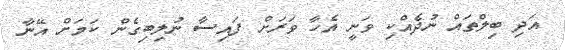
އަދި ބިލްތައް ނުދެއްކި ވަނީ އެހާ ވަރަށް ފައިސާ ނުލިބިގެން ކަމަށް އޭނާ